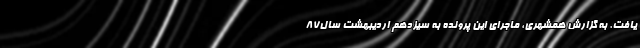
یافت. به گزارش همشهری، ماجرای این پرونده به سیزدهم اردیبهشت سال‌۸۷